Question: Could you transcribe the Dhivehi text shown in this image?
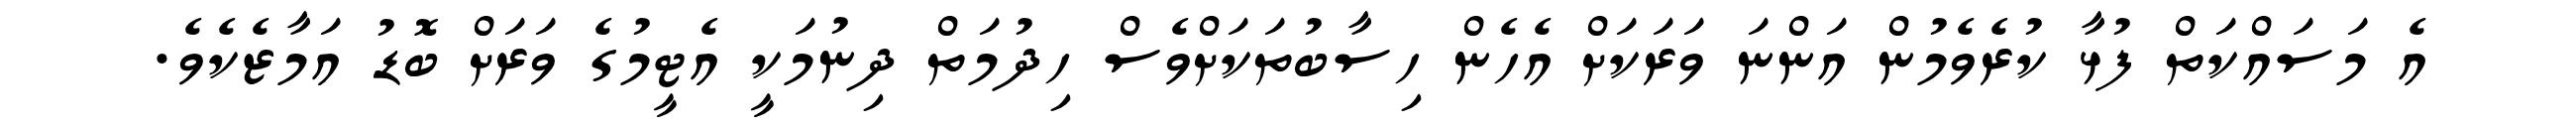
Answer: އެ މަސައްކަތް ފުޅާ ކުރެވެމުން އަންނަ ވަރަކަށް އެހެން ހިސާބުތަކަށްވެސް ހިދުމަތް ދިނުމަކީ އެޓީމުގެ ވަރަށް ބޮޑު އަމާޒެކެވެ.